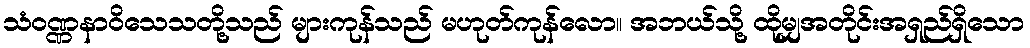
သံဝဏ္ဏနာဝိသေသတို့သည် များကုန်သည် မဟုတ်ကုန်လော။ အဘယ်သို့ ထိုမျှအတိုင်းအရှည်ရှိသော